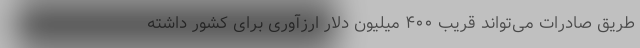
طریق صادرات می‌تواند قریب ۴۰۰ میلیون دلار ارزآوری برای کشور داشته